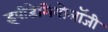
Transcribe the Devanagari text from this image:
इपीडेमियोलॉजी